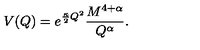
V ( Q ) = e ^ { \frac { \kappa } { 2 } Q ^ { 2 } } \frac { M ^ { 4 + \alpha } } { Q ^ { \alpha } } .